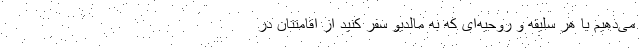
می‌دهیم با هر سلیقه و روحیه‌ای که به مالدیو سفر کنید از اقامتتان در